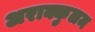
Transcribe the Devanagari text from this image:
अराक्कुलम